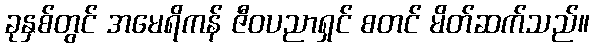
ခုနှစ်တွင် အမေရိကန် ဇီဝပညာရှင် စတင် မိတ်ဆက်သည်။